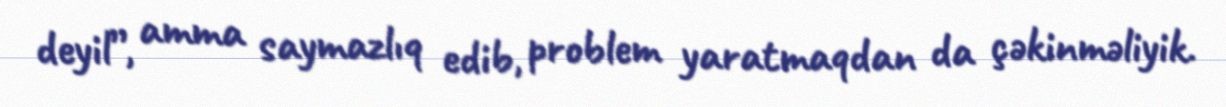
deyil”, amma saymazlıq edib, problem yaratmaqdan da çəkinməliyik.